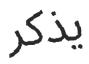
يذكر